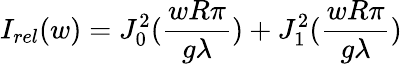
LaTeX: I_{rel}(w)=J_{0}^{2}({\frac{wR\pi}{g\lambda}})+J_{1}^{2}({\frac{wR\pi}{g\lambda}})